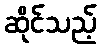
ဆိုင်သည့်